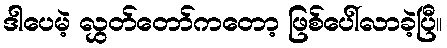
ဒါပေမဲ့ လွှတ်တော်ကတော့ ဖြစ်ပေါ်လာခဲ့ပြီ။